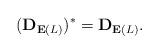
LaTeX: \begin{align*}(\bold{D}_{\bold{E}(L)})^{\ast}=\bold{D}_{\bold{E}(L)}.\end{align*}